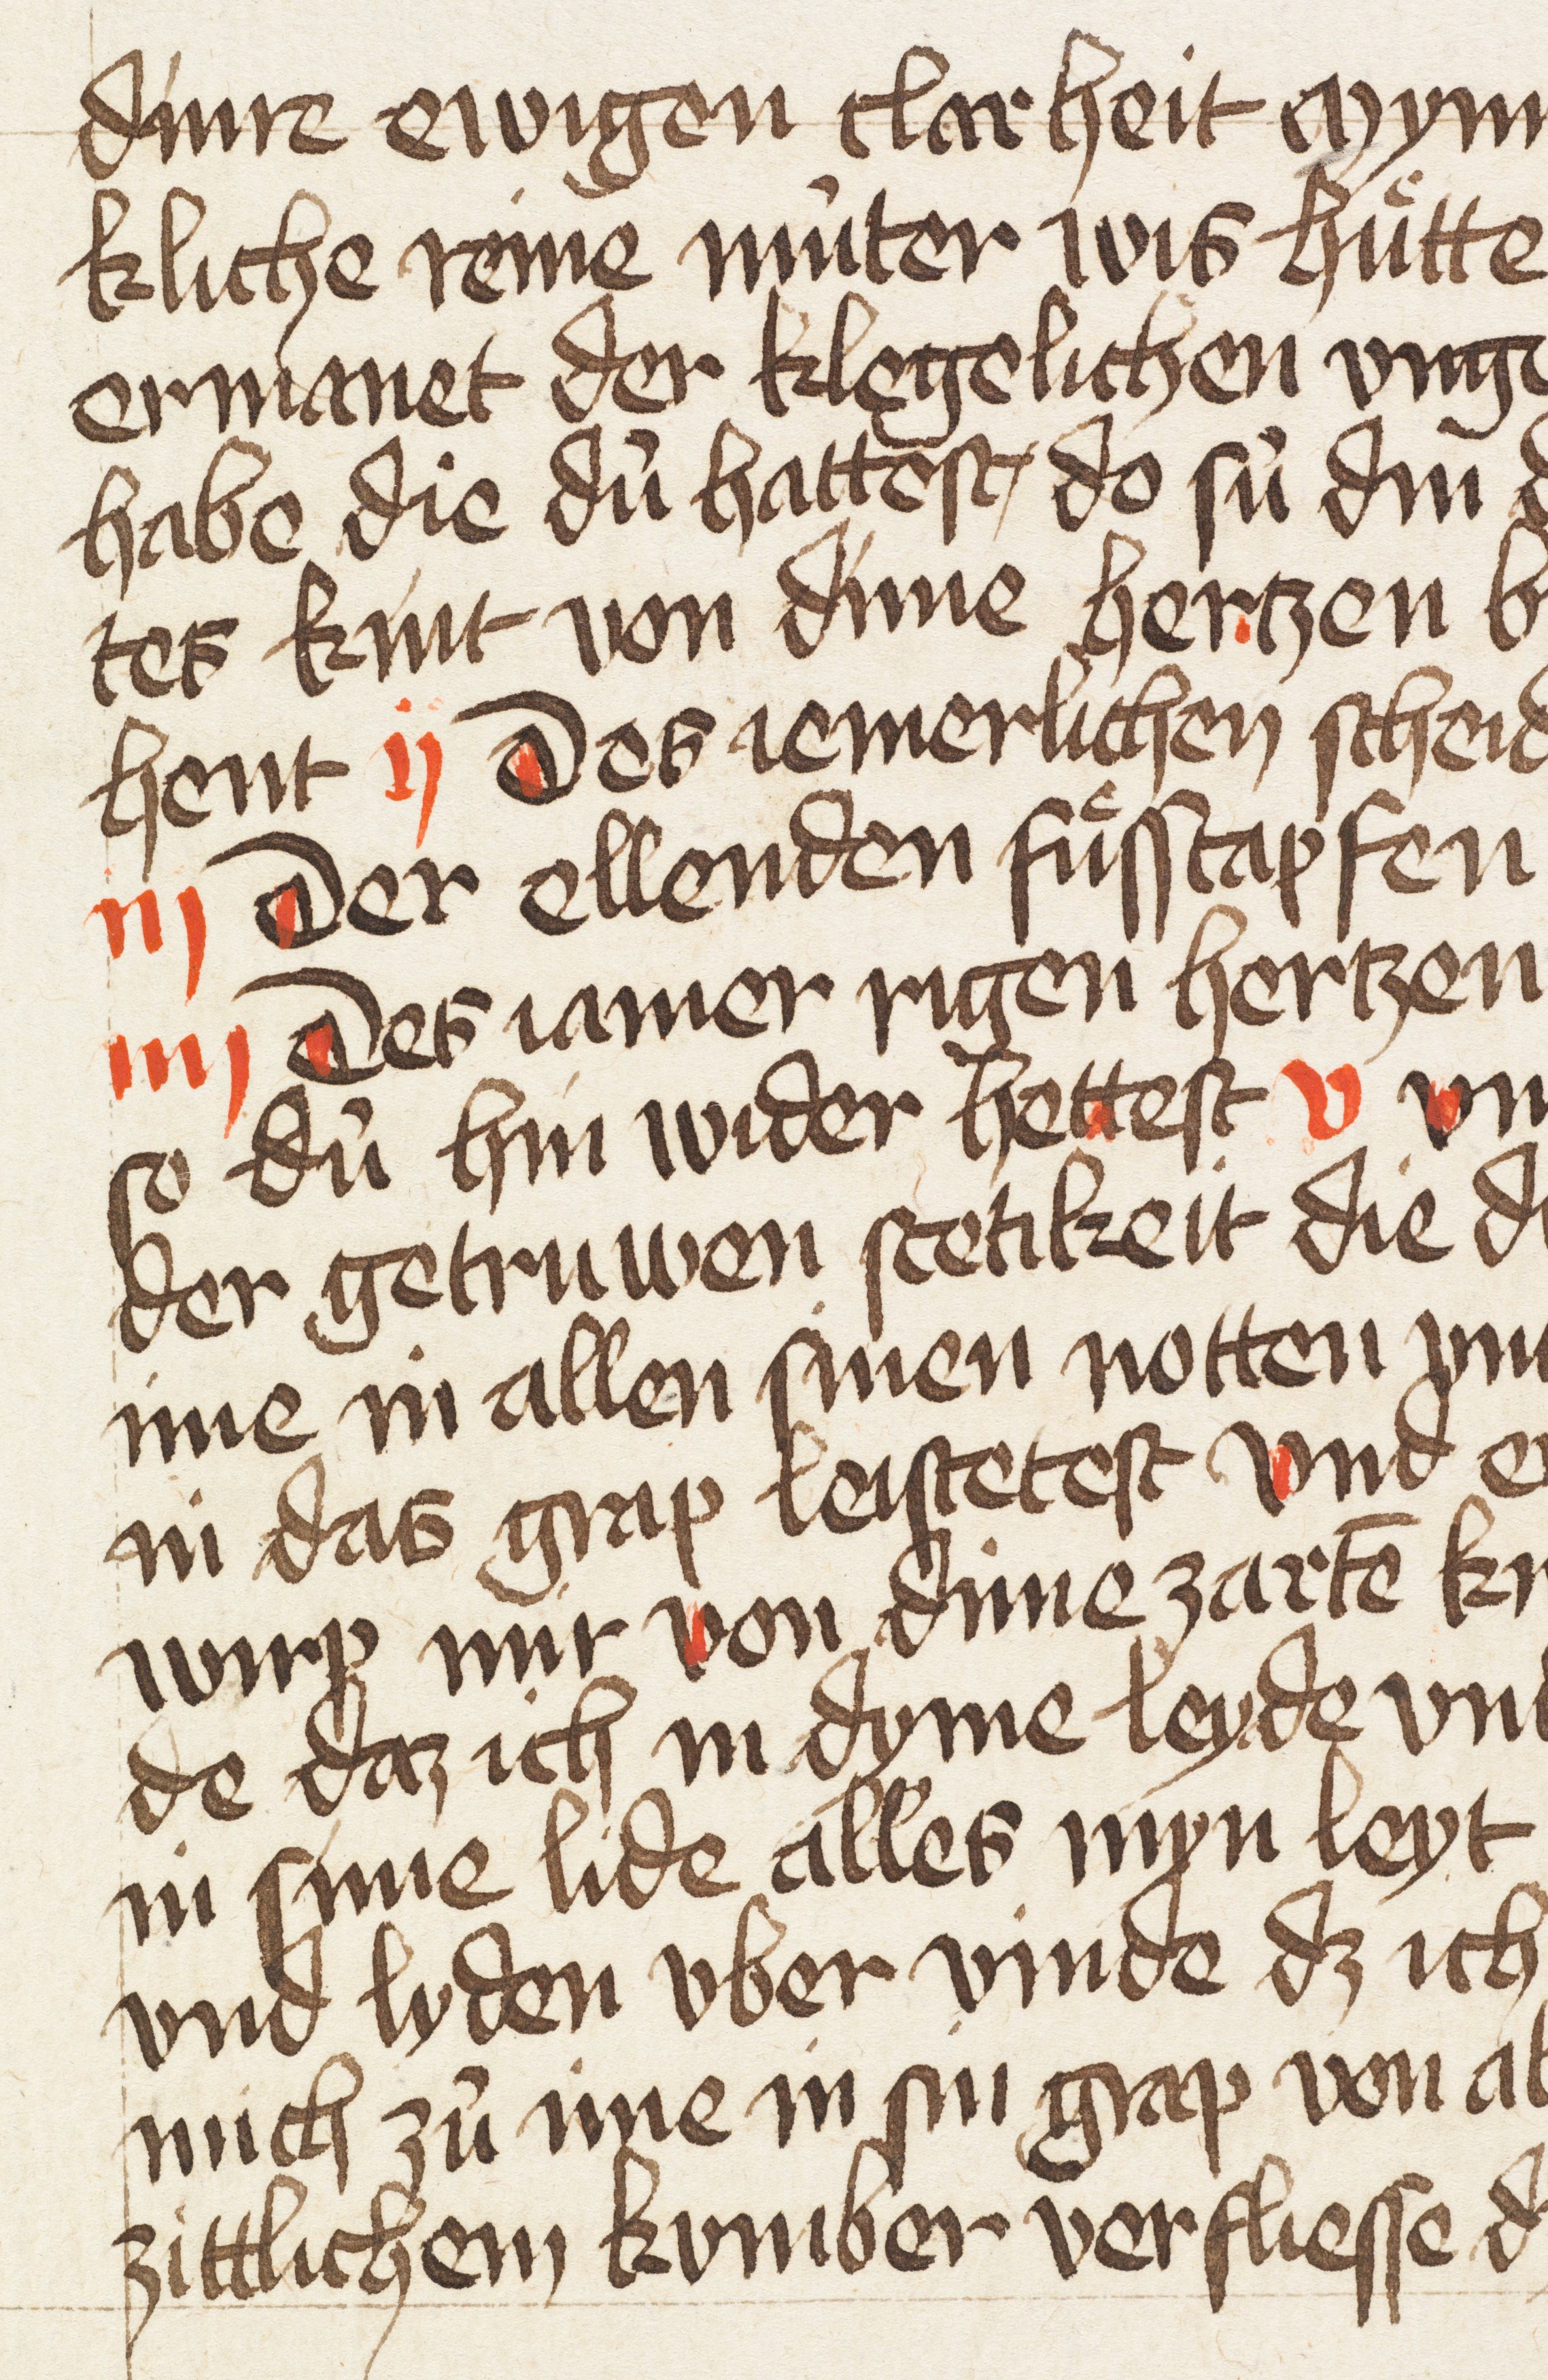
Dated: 1400–1499